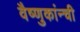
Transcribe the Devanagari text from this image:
वैष्णुकांन्ची